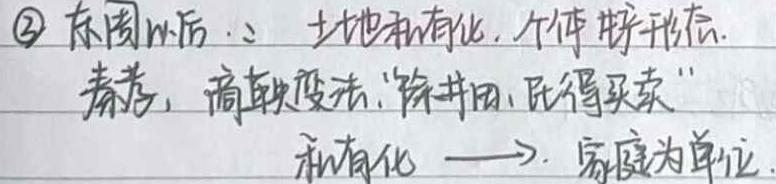
$\textcircled{2}$ 东周以后：土地私有化，个体耕种形态。
秦孝，商鞅变法，“除井田，民得买卖”
私有化 → 家庭为单位。